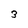
Character: 3